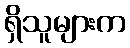
ရှိသူများက